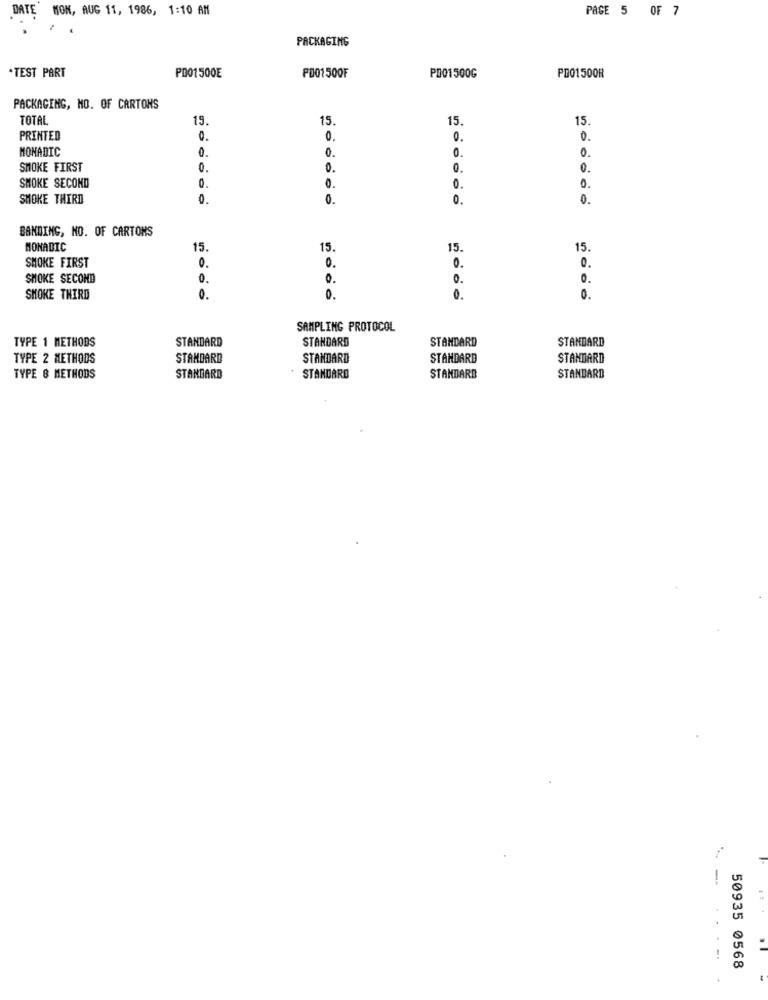
DATE MON, AUG 11, 1986, 1:10 AM
PAGE 5 OF 7
PACKAGING
.TEST PART
PD01500E
PD01 500F
P001500G
PD01500R
PACKAGING, MO. OF CARTONS
TOTAL
19.
15
15.
15.
PRINTED
0.
0.
0.
0.
MONADIC
0.
0.
0.
0.
SMOKE FIRST
0.
0.
0.
0.
SMOKE SECOND
0.
0.
0.
0.
SMOKE THIRD
0.
0.
0.
0.
BANDING, NO. OF CARTONS
MONADIC
15.
15
15.
15.
SMOKE FIRST
0.
0.
0.
0.
SMOKE SECOND
0.
0.
0.
0.
SMOKE THIRD
0.
0.
0.
0.
SAMPLING PROTOCOL
TYPE 1 METHODS
STANDARD
STANDARD
STANDARD
STANDARD
TYPE 2 METHODS
STANDARD
STANDARD
STANDARD
STANDARD
TYPE & METHODS
STANDARD
STANDARD
STANDARD
STANDARD
...
....
50935 0568